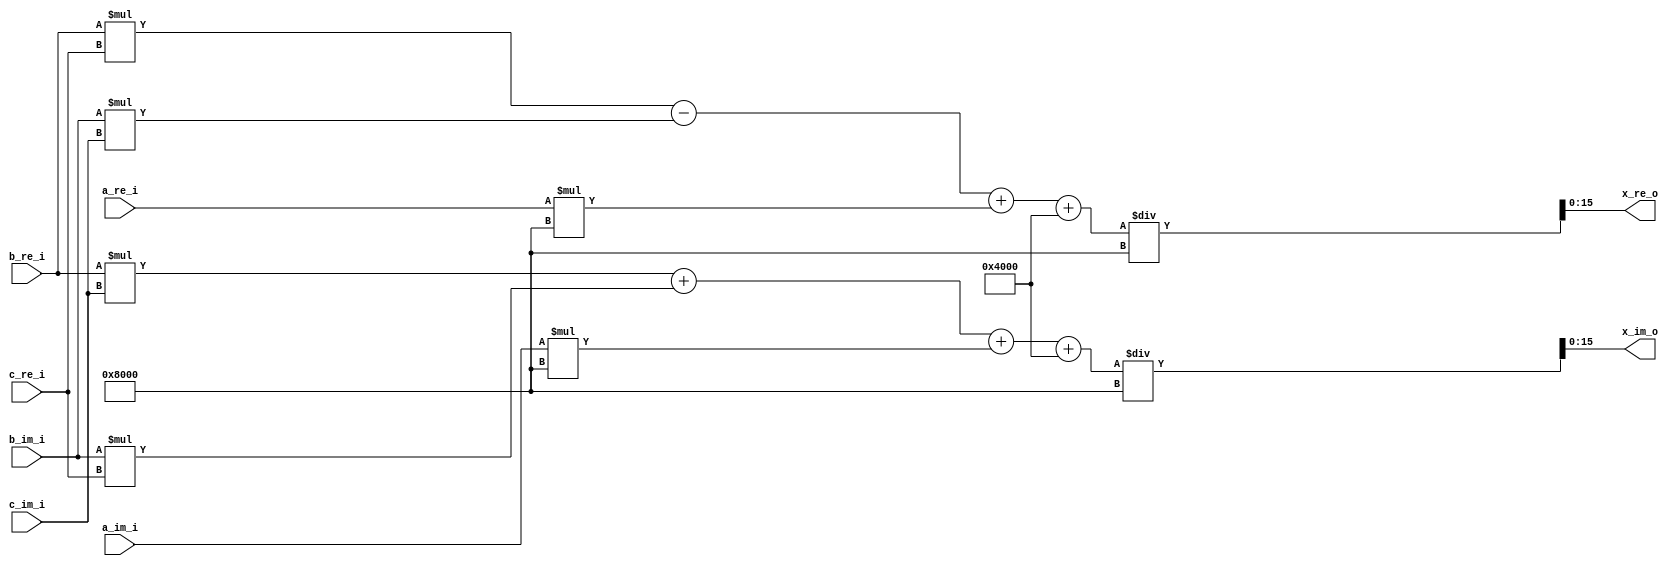


// x = a + b * c

module bel_cmac (a_re_i, a_im_i, b_re_i, b_im_i, c_re_i, c_im_i, x_re_o, x_im_o);

    input signed [15:0] a_re_i;
    input signed [15:0] a_im_i;
    input signed [15:0] b_re_i;
    input signed [15:0] b_im_i;
    input signed [15:0] c_re_i;
    input signed [15:0] c_im_i;
    output signed [15:0] x_re_o;
    output signed [15:0] x_im_o;

    wire signed [31:0]   scratch0;
    wire signed [31:0]   scratch1;
    wire signed [31:0]   scratch2;
    wire signed [31:0]   scratch3;

    assign 	  scratch0 = b_re_i * c_re_i;
    assign 	  scratch1 = b_re_i * c_im_i;
    assign 	  scratch2 = b_im_i * c_re_i;
    assign 	  scratch3 = b_im_i * c_im_i;

    // assign        scratch4 = scratch0 - scratch3;
    // assign        scratch5 = scratch1 + scratch2;
    assign 	  x_re_o = (scratch0 - scratch3  + a_re_i * 32768 + 16384) / 32768;
    assign 	  x_im_o = (scratch1 + scratch2  + a_im_i * 32768 + 16384) / 32768;

    // assign x_re_o = ((a_re_i * b_re_i - a_im_i * b_im_i) + ( 1 << 14)) >> 15;
    // assign x_im_o = ((a_re_i * b_im_i + a_im_i * b_im_i) + ( 1 << 14)) >> 15;
    
endmodule // bel_cmac